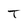
Character: T